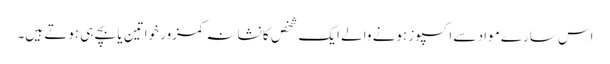
اس سارے مواد سے اکسپوز ہونے والے ایک شخص کا نشانہ کمزور خواتین یا بچے ہی ہوتے ہیں۔